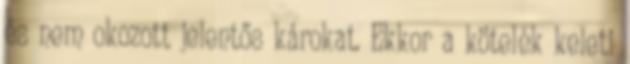
és nem okozott jelentős károkat. Ekkor a kötelék keleti